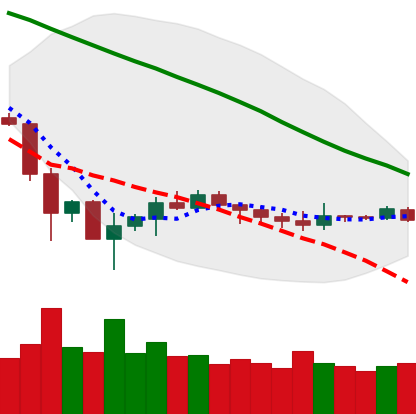
Ticker: ETH-USD
Chart end date: 2019-12-09
Forward return: -3.613%
Label: down_3_5